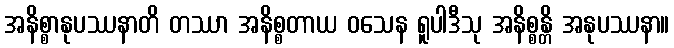
အနိစ္စာနုပဿနာတိ တဿာ အနိစ္စတာယ ဝသေန ရူပါဒီသု အနိစ္စန္တိ အနုပဿနာ။